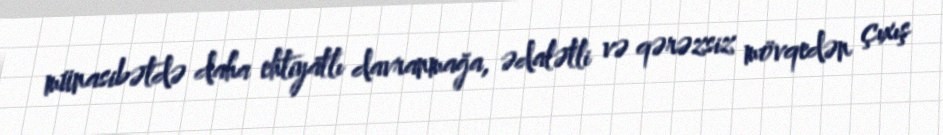
münasibətdə daha ehtiyatlı davranmağa, ədalətli və qərəzsiz mövqedən çıxış